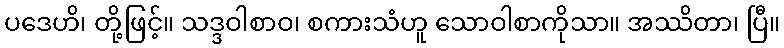
ပဒေဟိ၊ တို့ဖြင့်။ သဒ္ဒဝါစာဝ၊ စကားသံဟူ သောဝါစာကိုသာ။ အဿိတာ၊ ပြီ။